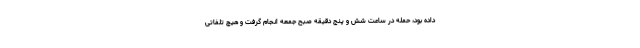
داده بود، حمله در ساعت شش و پنج دقیقه صبح جمعه انجام گرفت و هیچ تلفاتی